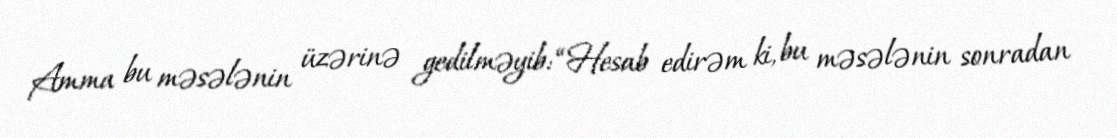
Amma bu məsələnin üzərinə gedilməyib: “Hesab edirəm ki, bu məsələnin sonradan